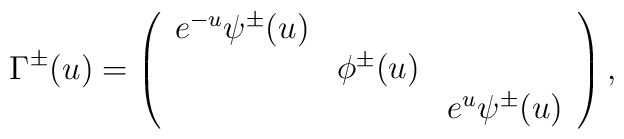
\Gamma^{\pm}(u)=\left(\begin{array}{ccc} e^{-u}\psi^{\pm}(u) & &\\ &      \phi^{\pm}(u) & \\ & & e^{u} \psi^{\pm}(u)\end{array} \right),